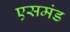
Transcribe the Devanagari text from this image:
एसमंड